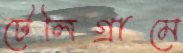
টেলিগ্রামে